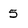
Character: 5